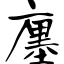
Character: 廛